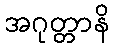
အဂုတ္တာနိ